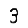
Digit: 3